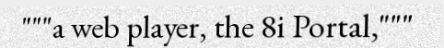
"""a web player, the 8i Portal,"""